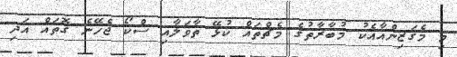
މި މެގަޒިންއާއެކު މުބާރާތުގެ މެޗްތައް ކުޅޭ ތާވަލާއި ސްކޯ ޖެހޭނެ ގޮތައް އަދި